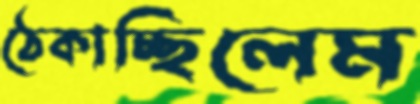
ঠেকাচ্ছিলেম